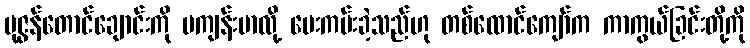
ပုဇွန်တောင်ချောင်းကို မကျန်းမာလို့ ပေးကမ်းခဲ့သည်ဟု တစ်ထောင်ကျော်က ကာကွယ်ခြင်းတို့ကို